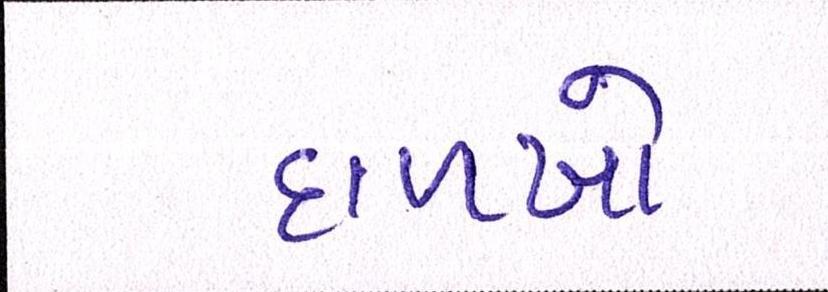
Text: દાળખો